Leprosy in India: report of the Leprosy Commission in India, 1890-91
Year: 1890
Disease focus: Leprosy
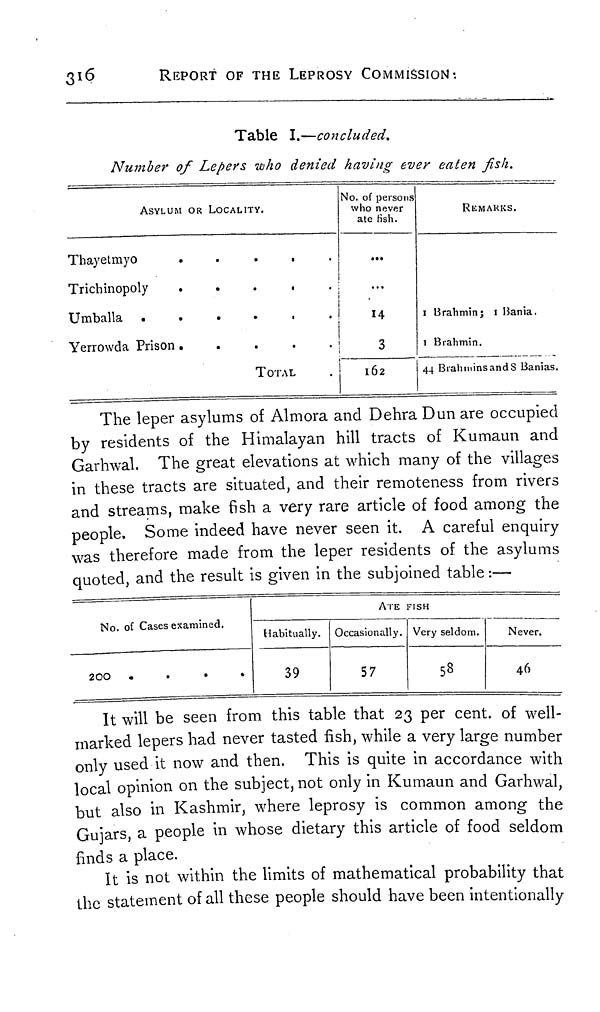
316
REPORT OF THE LEPROSY COMMISSION«.
Table I.—concluded.
Number of Lepers who denied having ever eaten fish.
ASYLUM OR LOCALITY.
Thayetmyo
.
Trichinopoly
Umballa
Yerrowda Prison.
.
TOTAL
No. of persons
who never
ate fish.
...
14
3
162
REMARKS.
1 Brahmin; 1 Bania,
1 Brahmin.
44 Brahmins and 8 Banias.
The leper asylums of Almora and Dehra Dun are occupied
by residents of the Himalayan hill tracts of Kumaun and
Garhwal. The great elevations at which many of the villages
in these tracts are situated, and their remoteness from rivers
and streams, make fish a very rare article of food among the
people. Some indeed have never seen it. A careful enquiry
was therefore made from the leper residents of the asylums
quoted, and the result is given in the subjoined table :—
No. of Cases examined.
200
Habitually.
39
ATE FISH
Occasionally.
57
Very seldom.
58
Never.
46
It will be seen from this table that 23 per cent. of well-
marked lepers had never tasted fish, while a very large number
only used it now and then. This is quite in accordance with
local opinion on the subject, not only in Kumaun and Garhwal,
but also in Kashmir, where leprosy is common among the
Gujars, a people in whose dietary this article of food seldom
finds a place.
It is not within the limits of mathematical probability that
the statement of all these people should have been intentionally